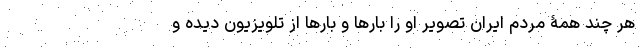
هر چند همۀ مردم ایران تصویر او را بارها و بارها از تلویزیون دیده و